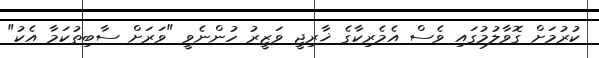
ކުރުމަށް ގޮވާލުމުގައި ވެސް އެމެރިކާގެ ޚާރިޖީ ވަޒީރު ހުންނެވީ "ވަރަށް ސާބިތުކަމާ އެކު"